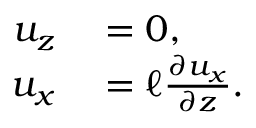
\begin{array} { r l } { u _ { z } } & { { } = 0 , } \\ { u _ { x } } & { { } = \ell \frac { \partial u _ { x } } { \partial z } . } \end{array}